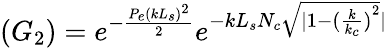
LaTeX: (G_{2})=e^{-\frac{P_{e}(kL_{s})^{2}}{2}}e^{-kL_{s}N_{c}\sqrt{|1-{(\frac{k}{k_{c}})}^{2}}|}